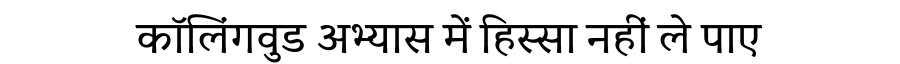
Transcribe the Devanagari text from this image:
कॉलिंगवुड अभ्यास में हिस्सा नहीं ले पाए